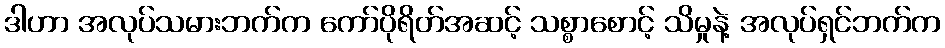
ဒါဟာ အလုပ်သမားဘက်က ကော်ပိုရိတ်အဆင့် သစ္စာစောင့် သိမှုနဲ့ အလုပ်ရှင်ဘက်က